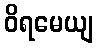
ဝိရမေယျ